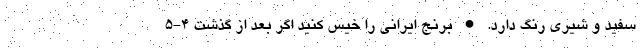
سفید و شیری رنگ دارد. • برنج ایرانی را خیس کنید اگر بعد از گذشت 4-5